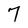
Character: 7